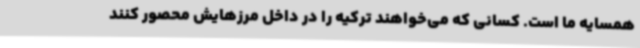
همسایه ما است. کسانی که می‌خواهند ترکیه را در داخل مرزهایش محصور کنند